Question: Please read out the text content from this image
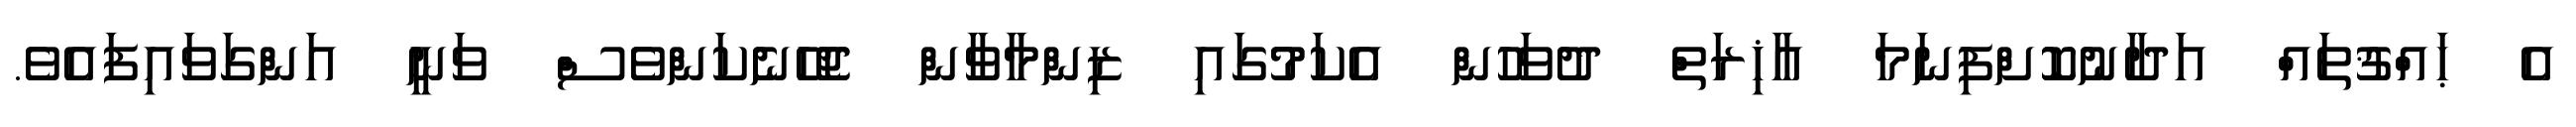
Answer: އެ ޙައްޤުތައް އަދާނުކޮށްފިނަމަ އާޚިރަތް ދުވަހުން އެކަމުގައި ޒިންމާވާން ޖެހޭނެކަންވެސް ވަނީ އަންގަވައިފައެވެ.